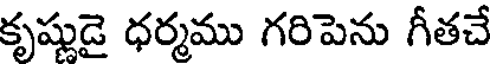
కృష్ణుడై ధర్మము గరిపెను గీతచే